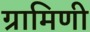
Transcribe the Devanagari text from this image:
ग्रामिणी